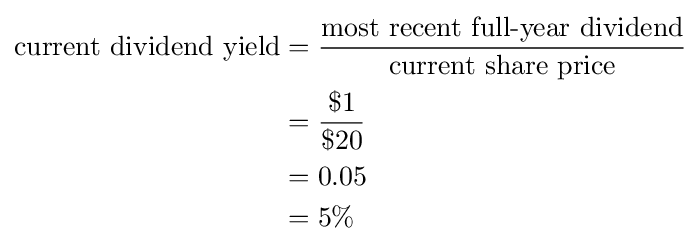
{\begin{aligned}{\text{current dividend yield}}&={\frac {\text{most recent full-year dividend}}{\text{current share price}}}\\&={\frac {\$1}{\$20}}\\&=0.05\\&=5\%\\\end{aligned}}